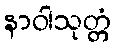
နာဝါသုတ္တံ